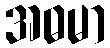
အဓမာ